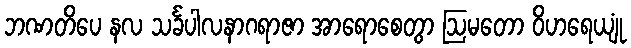
ဘဏတိပေ နလ သင်္ခပါလနာဂရာဇာ အာရောစေတွာ ဩမတော ဝိဟရေယျုံ